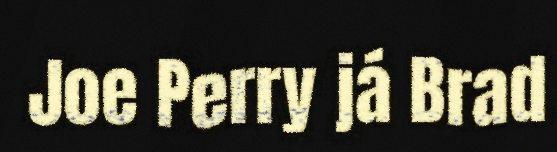
Joe Perry já Brad